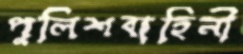
পুলিশবাহিনী